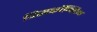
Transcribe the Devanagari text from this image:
विसकॉन्सिन